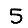
Digit: 5